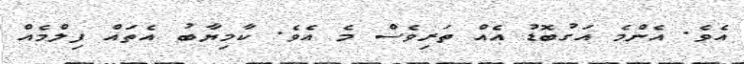
އެވެ. އެންމެ އަގުބޮޑު އެއް ތަރިވެސް މެ އެވެ. ކާމިޔާބު އެތައް ފިލްމެއް